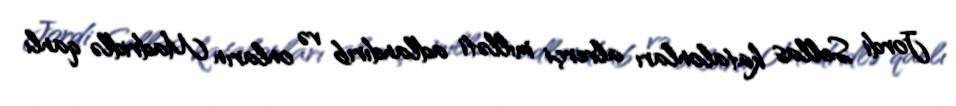
Jordi Sellas katalonları alverçi milləti adlandırıb və onların Madridlə qanlı